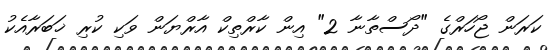
ކަރަން ޖޯހަރްގެ "ދޯސްތާނާ 2" އިން ކާރްތިކް އާރްޔަން ވަކި ކުރި ޚަބަރާއެކު